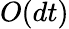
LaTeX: O(dt)